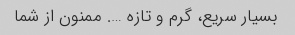
بسیار سریع، گرم و تازه …. ممنون از شما